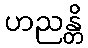
ဟညန္တိ